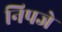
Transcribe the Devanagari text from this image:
निपजे